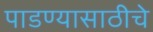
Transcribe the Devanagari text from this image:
पाडण्यासाठीचे